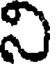
ని